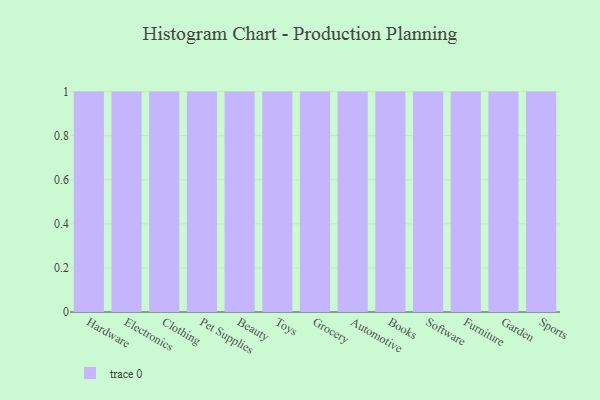
{"axis": {"x": "Category", "y": "Waste Production (Tons)"}, "legend": [""], "data": [{"x": "Hardware", "y": 85, "type": ""}, {"x": "Electronics", "y": 49, "type": ""}, {"x": "Clothing", "y": 81, "type": ""}, {"x": "Pet Supplies", "y": 62, "type": ""}, {"x": "Beauty", "y": 15, "type": ""}, {"x": "Toys", "y": 90, "type": ""}, {"x": "Grocery", "y": 15, "type": ""}, {"x": "Automotive", "y": 31, "type": ""}, {"x": "Books", "y": 48, "type": ""}, {"x": "Software", "y": 16, "type": ""}, {"x": "Furniture", "y": 71, "type": ""}, {"x": "Garden", "y": 47, "type": ""}, {"x": "Sports", "y": 60, "type": ""}]}